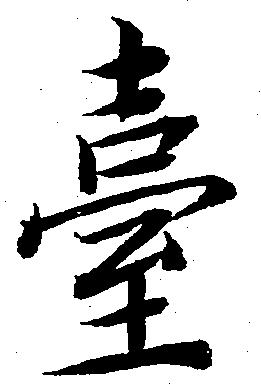
台